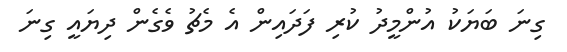
ގިނަ ބަޔަކު އުންމީދު ކުރި ފަދައިން އެ މެޗު ވެގެން ދިޔައީ ގިނަ